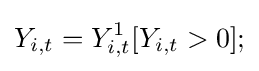
Y_{i,t}=Y_{i,t}^{1}[Y_{i,t}>0];